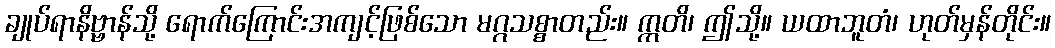
ချုပ်ရာနိဗ္ဗာန်သို့ ရောက်ကြောင်းအကျင့်ဖြစ်သော မဂ္ဂသစ္စာတည်း။ ဣတိ၊ ဤသို့။ ယထာဘူတံ၊ ဟုတ်မှန်တိုင်း။